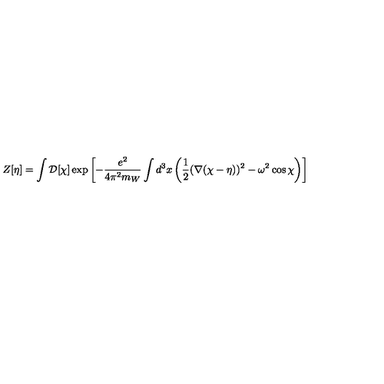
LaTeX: Z [ \eta ] = \int { \cal D } [ \chi ] \exp \left[ - { \frac { e ^ { 2 } } { 4 \pi ^ { 2 } m _ { W } } } \int d ^ { 3 } x \left( { \frac { 1 } { 2 } } ( \nabla ( \chi - \eta ) ) ^ { 2 } - \omega ^ { 2 } \cos \chi \right) \right]